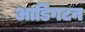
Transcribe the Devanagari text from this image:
आडिंगटन